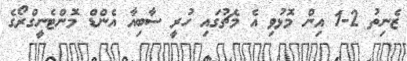
ޒެނިތު 2-1 އިން މޮޅުވި އެ މެޗުގައި ހުރީ ސާބިއާ އެންޑް މޮންޓެނީގްރޯގެ